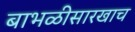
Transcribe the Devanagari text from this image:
बाभळीसारखाच